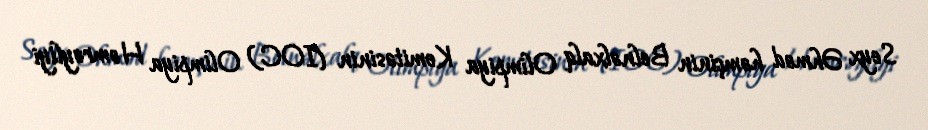
Seyx Əhməd həmçinin Belnəlxalq Olimpiya Komitəsinin (IOC) Olimpiya Həmrəyliyi